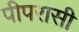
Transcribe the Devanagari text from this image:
पीपरासी